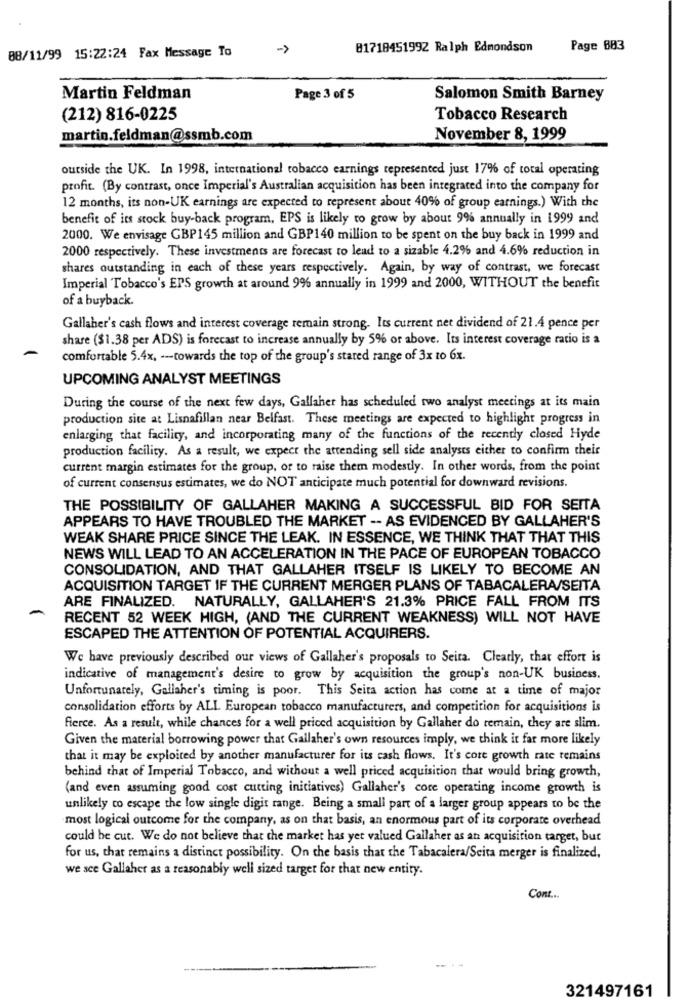
88/11/99 15:22:24 Fax Message To
->
81718451992 Ralph Edmondson
Page 883
Martin Feldman
Page 3 of 5
Salomon Smith Barney
(212) 816-0225
Tobacco Research
martin.feldman@ssmb.com
November 8, 1999
outside the UK. In 1998, international tobacco earnings represented just 17% of total operating
profit. (By contrast, once Imperial's Australian acquisition has been integrated into the company for
12 months, its non-UK earnings are expected to represent about 40% of group earnings.) With the
benefit of its stock buy-back program, EPS is likely to grow by about 9% annually in 1999 and
2000. We envisage GBP145 million and GBP140 million to be spent on the buy back in 1999 and
2000 respectively. These investments are forecast to lead to a sizable 4.2% and 4.6% reduction in
shares outstanding in each of these years respectively. Again, by way of contrast, we forecast
Imperial Tobacco's EPS growth at around 9% annually in 1999 and 2000, WITHOUT the benefit
of a buyback.
Gallaher's cash flows and interest coverage remain strong. Its current net dividend of 21.4 pence per
share ($1.38 per ADS) is forecast to increase annually by 5% or above. Its interest coverage ratio is a
comfortable 5.4x, -- towards the top of the group's stared range of 3x to 6x.
UPCOMING ANALYST MEETINGS
During the course of the next few days, Gallaher has scheduled two analyst meetings at its main
production site at Lisnafillan near Belfast. These meetings are expected to highlight progress in
enlarging that facility, and incorporating many of the functions of the recently closed Hyde
production facility. As a result, we expect the attending sell side analysts either to confirm their
current margin estimates for the group, or to raise them modestly. In other words, from the point
of current consensus estimates, we do NOT anticipate much potential for downward revisions.
THE POSSIBILITY OF GALLAHER MAKING A SUCCESSFUL BID FOR SEITA
APPEARS TO HAVE TROUBLED THE MARKET -- AS EVIDENCED BY GALLAHER'S
WEAK SHARE PRICE SINCE THE LEAK. IN ESSENCE, WE THINK THAT THAT THIS
NEWS WILL LEAD TO AN ACCELERATION IN THE PACE OF EUROPEAN TOBACCO
CONSOLIDATION, AND THAT GALLAHER ITSELF IS LIKELY TO BECOME AN
ACQUISITION TARGET IF THE CURRENT MERGER PLANS OF TABACALERA/SEITA
ARE FINALIZED. NATURALLY, GALLAHER'S 21.3% PRICE FALL FROM ITS
RECENT 52 WEEK HIGH, (AND THE CURRENT WEAKNESS) WILL NOT HAVE
ESCAPED THE ATTENTION OF POTENTIAL ACQUIRERS.
We have previously described our views of Gallaher's proposals to Seita. Clearly, that effort is
indicative of management's desire to grow by acquisition the group's non-UK business.
Unfortunately, Gallaher's timing is poor. This Seita action has come at a time of major
consolidation efforts by ALL European tobacco manufacturers, and competition for acquisitions is
fierce. As a result, while chances for a well priced acquisition by Gallaher do remain, they are slim.
Given the material borrowing power that Gallaher's own resources imply, we think it far more likely
that it may be exploited by another manufacturer for its cash flows. It's core growth rate remains
behind that of Imperial Tobacco, and without a well priced acquisition that would bring growth,
(and even assuming good cost cutting initiatives) Gallaher's core operating income growth is
unlikely to escape the low single digit range. Being a small part of a larger group appears to be the
most logical outcome for the company, as on that basis, an enormous part of its corporate overhead
could be cut. We do not believe that the market has yet valued Gallaher as an acquisition target, but
for us, that remains a distinct possibility. On the basis that the Tabacalera/Scita merger is finalized.
we see Gallaher as a reasonably well sized target for that new entity.
Cont ...
---
321497161